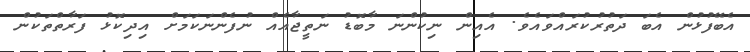
އެބޭފުޅުން އެބަ ދަތުރުކުރައްވައެވެ. އެއިން ނިކުންނަ މާބޮޑު ނަތީޖާއެއް ނުފެންނަކަމަށް އިދިކޮޅު ފަރާތްތަކުން